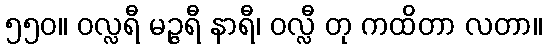
၅၅၀။ ဝလ္လရီ မဉ္ဇရီ နာရီ၊ ဝလ္လီ တု ကထိတာ လတာ။